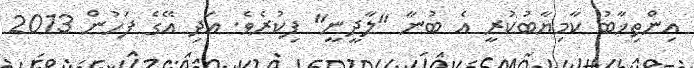
އިންތިޚާބު ކާމިޔާބުކުރީ އެ ބުނާ "ލާދީނީ" ފިކުރެވެ. އަދި އޭގެ ފަހުން 2013